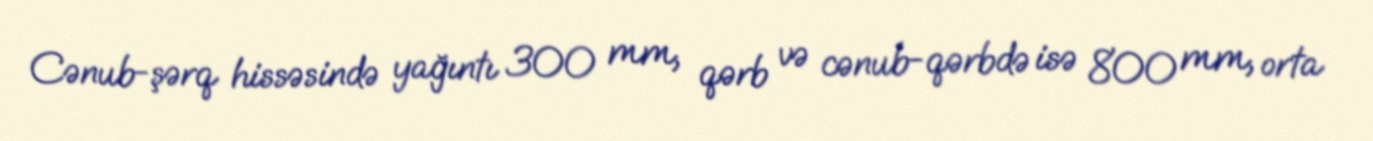
Cənub-şərq hissəsində yağıntı 300 mm, qərb və cənub-qərbdə isə 800 mm, orta